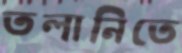
তলানিতে